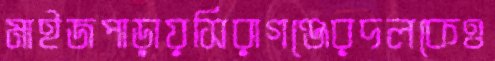
মাইজপাড়ায়সিরাগঞ্জেরদলকেও